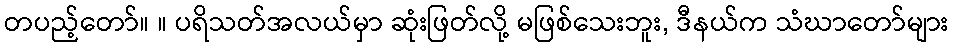
တပည့်တော်။ ။ ပရိသတ်အလယ်မှာ ဆုံးဖြတ်လို့ မဖြစ်သေးဘူး, ဒီနယ်က သံဃာတော်များ